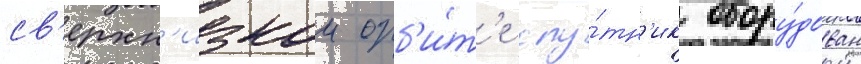
св'ерхн'изкои орб'и́т'е спу́тн'ик обору́дован